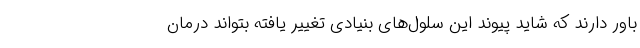
باور دارند که شاید پیوند این سلول‌های بنیادی تغییر یافته بتواند درمان